Lunatic asylums Madras 1892-1911 - 1892-1911
Year: 1892
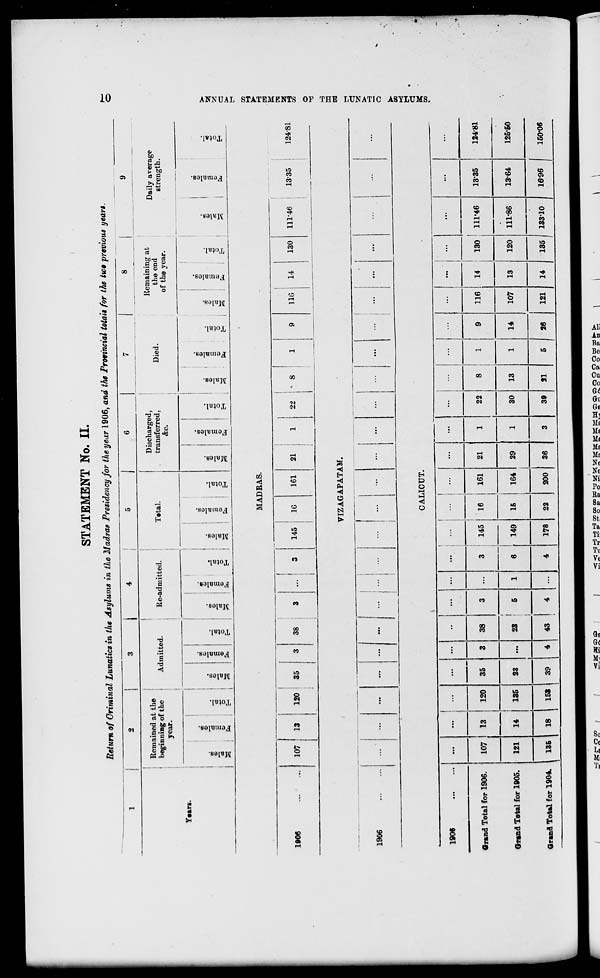
STATBMBNT No. II.
Return of Criminal Lunatics in the Asylums in the Madras Presidency for the year 1906, and the Provincial totals for the two previous yean.
1
2
3
j
4
5
J
6
1
9
Remained at the
beginning of the
year.
Admitted.
Re-admitted.
Total.
1
Discharged,
transferred,
&c.
Remaining at
D ., _..__„„.
Died.
the end
c L™?h g
of the year.
strength.
I
Males.
Females.
Total.
Males.
00
CD
"5
S
6
Total.
Males.
Females.
Total.
Males.
Females.
Total.
00
Females.
Total.
Males.
Females.
Total.
Males.
Females.
Total.
Males.
09
01
-
«
10
o
fa
EH
a
1906
107
13
120
35
38
145
MADRAS.
16
161
21
22
116
14
130
111-46
1335
VIZAGAPATAM.
12481
GO
H
m
H
St
iz!
H
CO
O
a
El
1906
CALICUT.
1906
...
...
...
...
••
...
...
...
...
!
1
...
...
...
...
...
...
...
"...
...
...
...
Grand Total for 1906.
107
13
120
35
3
38
3
...
3
145
16
161
21
1
22
8
1
9
116
14
130 111-46
13-35
124-81
Grand Total for 1905.
121
14
135
23
...
23
6
1
6
149
15
164
29
1
30
13
1
14
107
13
120 111-86
13-64
125-50
Grind Total for 1904.
135
18
151
39
4
43
4
...
4
178
22
200
36
3
39
21
5 |
26
121
M
135 13310
16-96
150-06
a
H-3
O
►
s
K
GO
■<&, X S3 s>
3X$t?3&g2?&3%2%g%ggg&2$*g$$$**bb